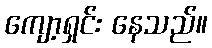
ကျော့ရှင်း နေသည်။